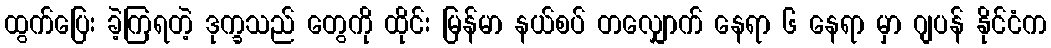
ထွက်ပြေး ခဲ့ကြရတဲ့ ဒုက္ခသည် တွေကို ထိုင်း မြန်မာ နယ်စပ် တလျှောက် နေရာ ၆ နေရာ မှာ ဂျပန် နိုင်ငံက